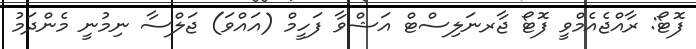
ފޮޓޯ: ރާއްޖެއެމްވީ ފޮޓޯ ޖާރނަލިސްޓް އަޝްވާ ފަހީމް (އައްވަ) ޖަލްސާ ނިމުނީ މެންދަމު